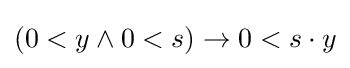
(0<y\land 0<s)\to 0<s\cdot y